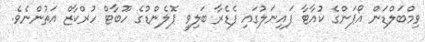
ވިމްބަލްޑަން އޯޕަންގެ ކުއާޓާ ފައިނަލުގައި ފެޑެރާ ބަލިވީ ޕޮލެންޑުގެ ހޫބާޓް ހުރްކާޒް އަތުންނެވެ.